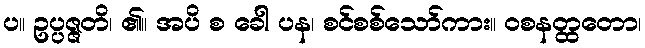
ပ။ ဥပ္ပဇ္ဇတိ၊ ၏။ အပိ စ ခေါ ပန၊ စင်စစ်သော်ကား။ ဝစနတ္ထတော၊